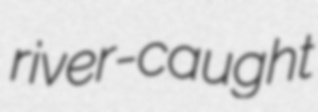
river-caught